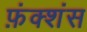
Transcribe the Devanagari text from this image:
फ़ंक्शंस